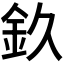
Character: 𨥆